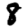
Digit: 8